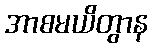
အာစမယိတွာန